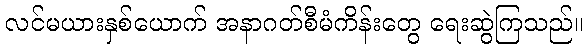
လင်မယားနှစ်ယောက် အနာဂတ်စီမံကိန်းတွေ ရေးဆွဲကြသည်။